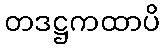
တဒဋ္ဌကထာပိ